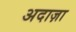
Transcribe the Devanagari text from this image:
अदाज़ा